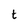
Character: t